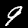
Label: 9